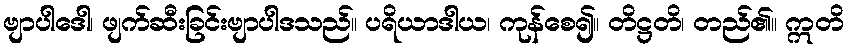
ဗျာပါဒေါ၊ ဖျက်ဆီးခြင်းဗျာပါဒသည်။ ပရိယာဒါယ၊ ကုန်စေ၍။ တိဋ္ဌတိ၊ တည်၏။ ဣတိ